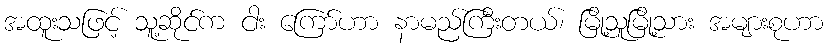
အထူးသဖြင့် သူ့ဆိုင်က ငါး ကြော်ဟာ နာမည်ကြီးတယ်၊ မြို့သူမြို့သား အများစုဟာ